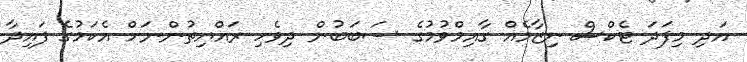
އަދި މިފަދަ ޓެކްސް ނިޒާމެއް ގާއިމްވުމުގެ ސަބަބުން ދިވެހި ރައްޔިތުންނަށް އެކަމުގެ ފައިދާ